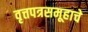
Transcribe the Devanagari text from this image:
वृत्तपत्रसमूहाचे